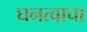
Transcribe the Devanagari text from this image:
घनत्वाचा